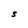
Character: S